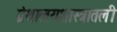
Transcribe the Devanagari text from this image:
ग्रंथालयशास्त्रातली